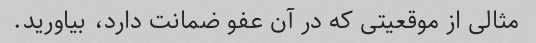
مثالی از موقعیتی که در آن عفو ضمانت دارد، بیاورید.